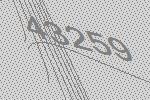
43259